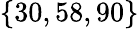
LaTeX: \{ 30,58,90\}